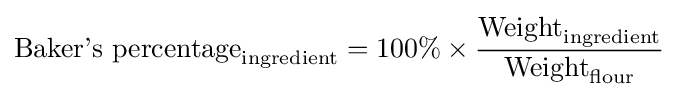
{\text{Baker's percentage}}_{\text{ingredient}}=100\%\times {\frac {{\text{Weight}}_{\text{ingredient}}}{{\text{Weight}}_{\text{flour}}}}